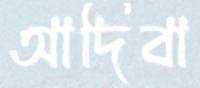
আদিবা